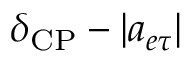
\delta _ { \mathrm { C P } } - | a _ { e \tau } |